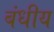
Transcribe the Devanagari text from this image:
बंधीय